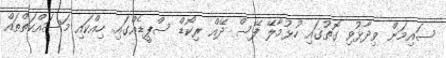
ސައިމަން ވިދާޅުވި ގޮތުގައި ހުޅުމާލޭ ފޭސް ދޭއް ރިކޯޑް ސްޕީޑެއްގައި ހިއްކައި މަސައްކަތްތައް